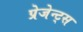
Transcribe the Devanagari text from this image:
प्रेजेन्ट्स